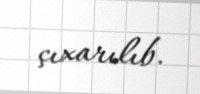
çıxarılıb.